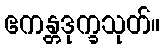
ဧကန္တဒုက္ခသုတ်။